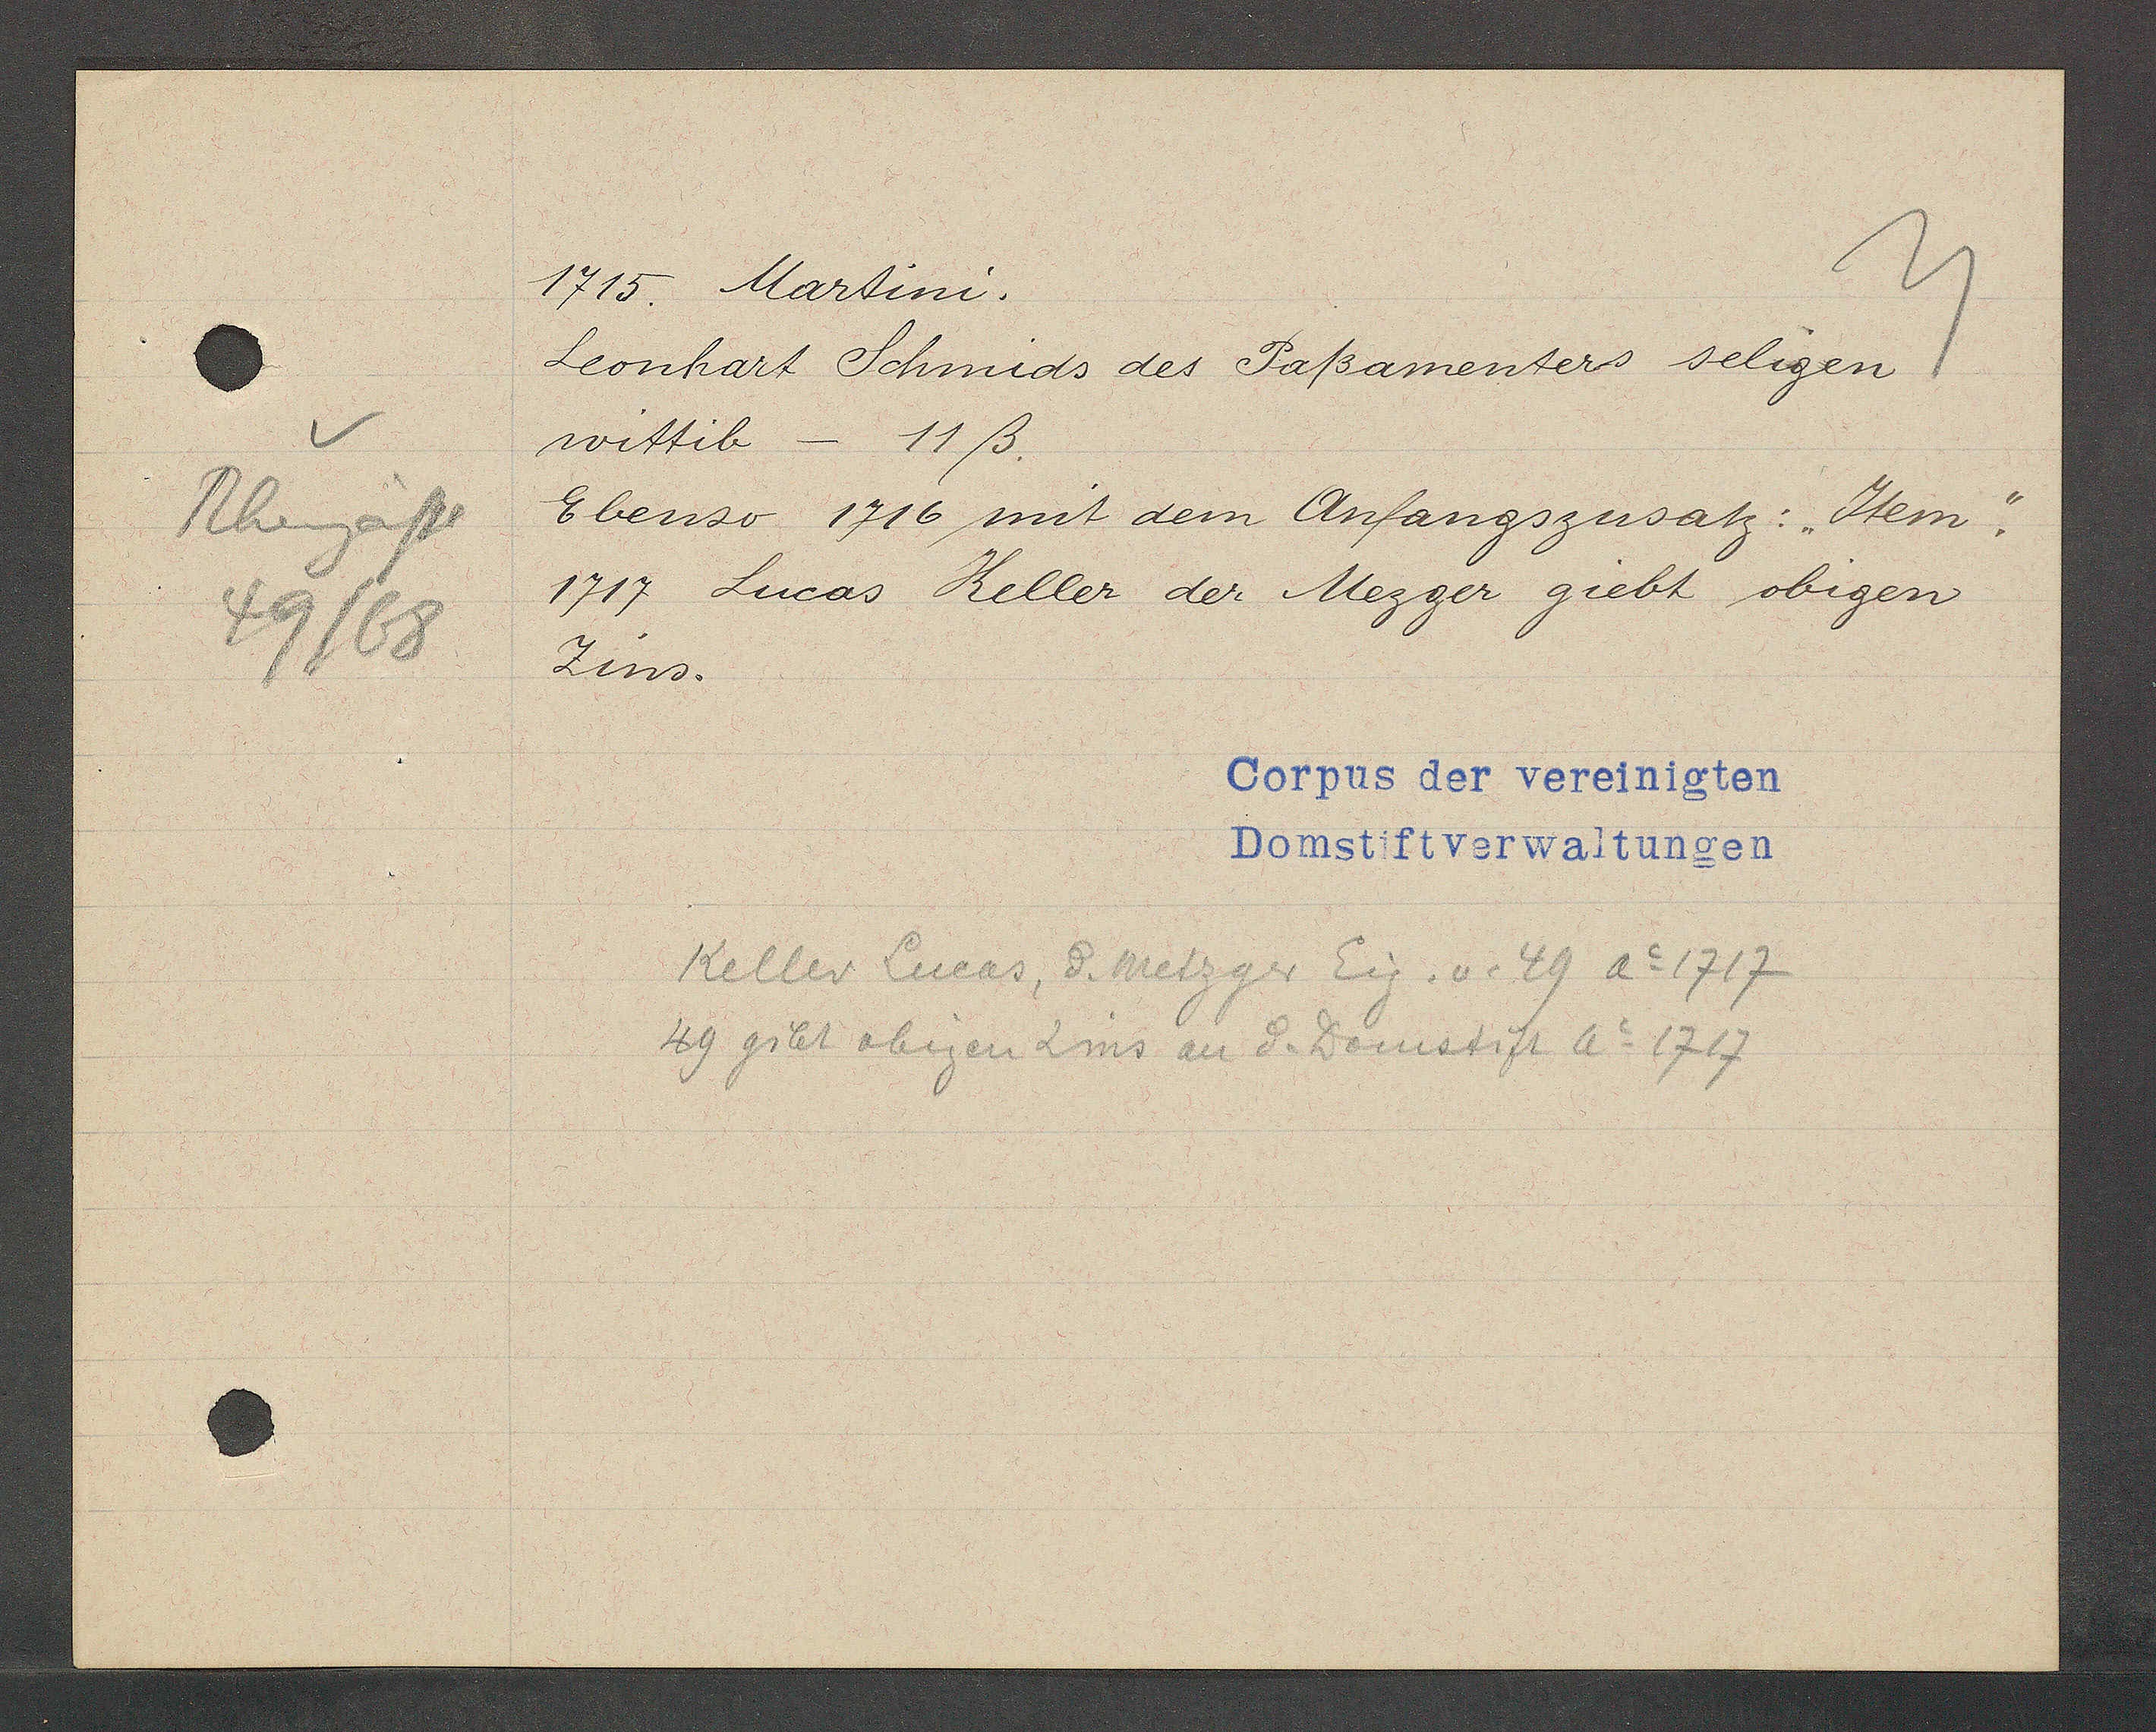
Transcript:
Rheingasse
49/68

1715. Martini.

Leonhart Schmids des Paßamenters seligen
wittib - 11ß.
Ebenso 1716 mit dem Anfangszusatz: "Item."
1717 Lucas Keller der Mezger giebt obigen
Zins.

Corpus der vereinigten
Domstiftverwaltungen

Keller Lucas, d. Metzger Eig. v. 49 Ao 1717
49 gibt obigen Zins an d. Domstift Ao 1717